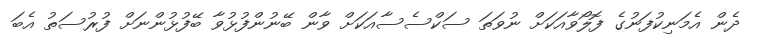
ދެން އެމަނިކުފަނުގެ ފޮލޯވާއަކަށް ނުވަތަ ސަކްސެސާއަކަށް ވާން ބޭނުންފުޅުވާ ބޭފުޅުންނަށް ފުރުސަތު އެބަ